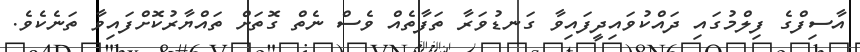
އާސިފްގެ ފިލްމުގައި ދައްކުވައިދީފައިވާ ގަނޑުވަރާ ތަފާތެއް ވެސް ނެތް ގޮތަށް ތައްޔާރުކޮށްފައިވާ ތަނެކެވެ.